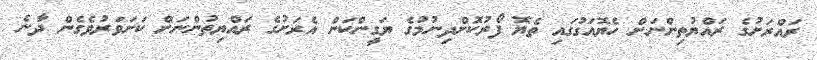
ރައްރަށުގެ ރައްޔުތިންނަށް ހެޔޮއަގުގައި ތެޔޮ ފޯރުކޮށްދިނުމުގެ ޔަގީންކަން އެރަށުގެ ރައްޔިތުންނަށް ކަށަވަރުވެގެން ދާނެ